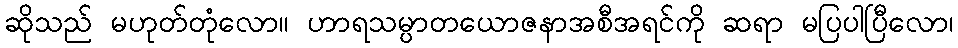
ဆိုသည် မဟုတ်တုံလော။ ဟာရသမ္ပာတယောဇနာအစီအရင်ကို ဆရာ မပြပါပြီလော၊